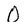
Character: 0